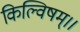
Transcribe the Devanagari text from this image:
किल्विषम्।।